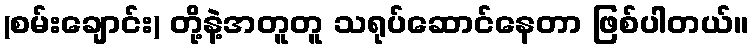
(စမ်းချောင်း) တို့နဲ့အတူတူ သရုပ်ဆောင်နေတာ ဖြစ်ပါတယ်။